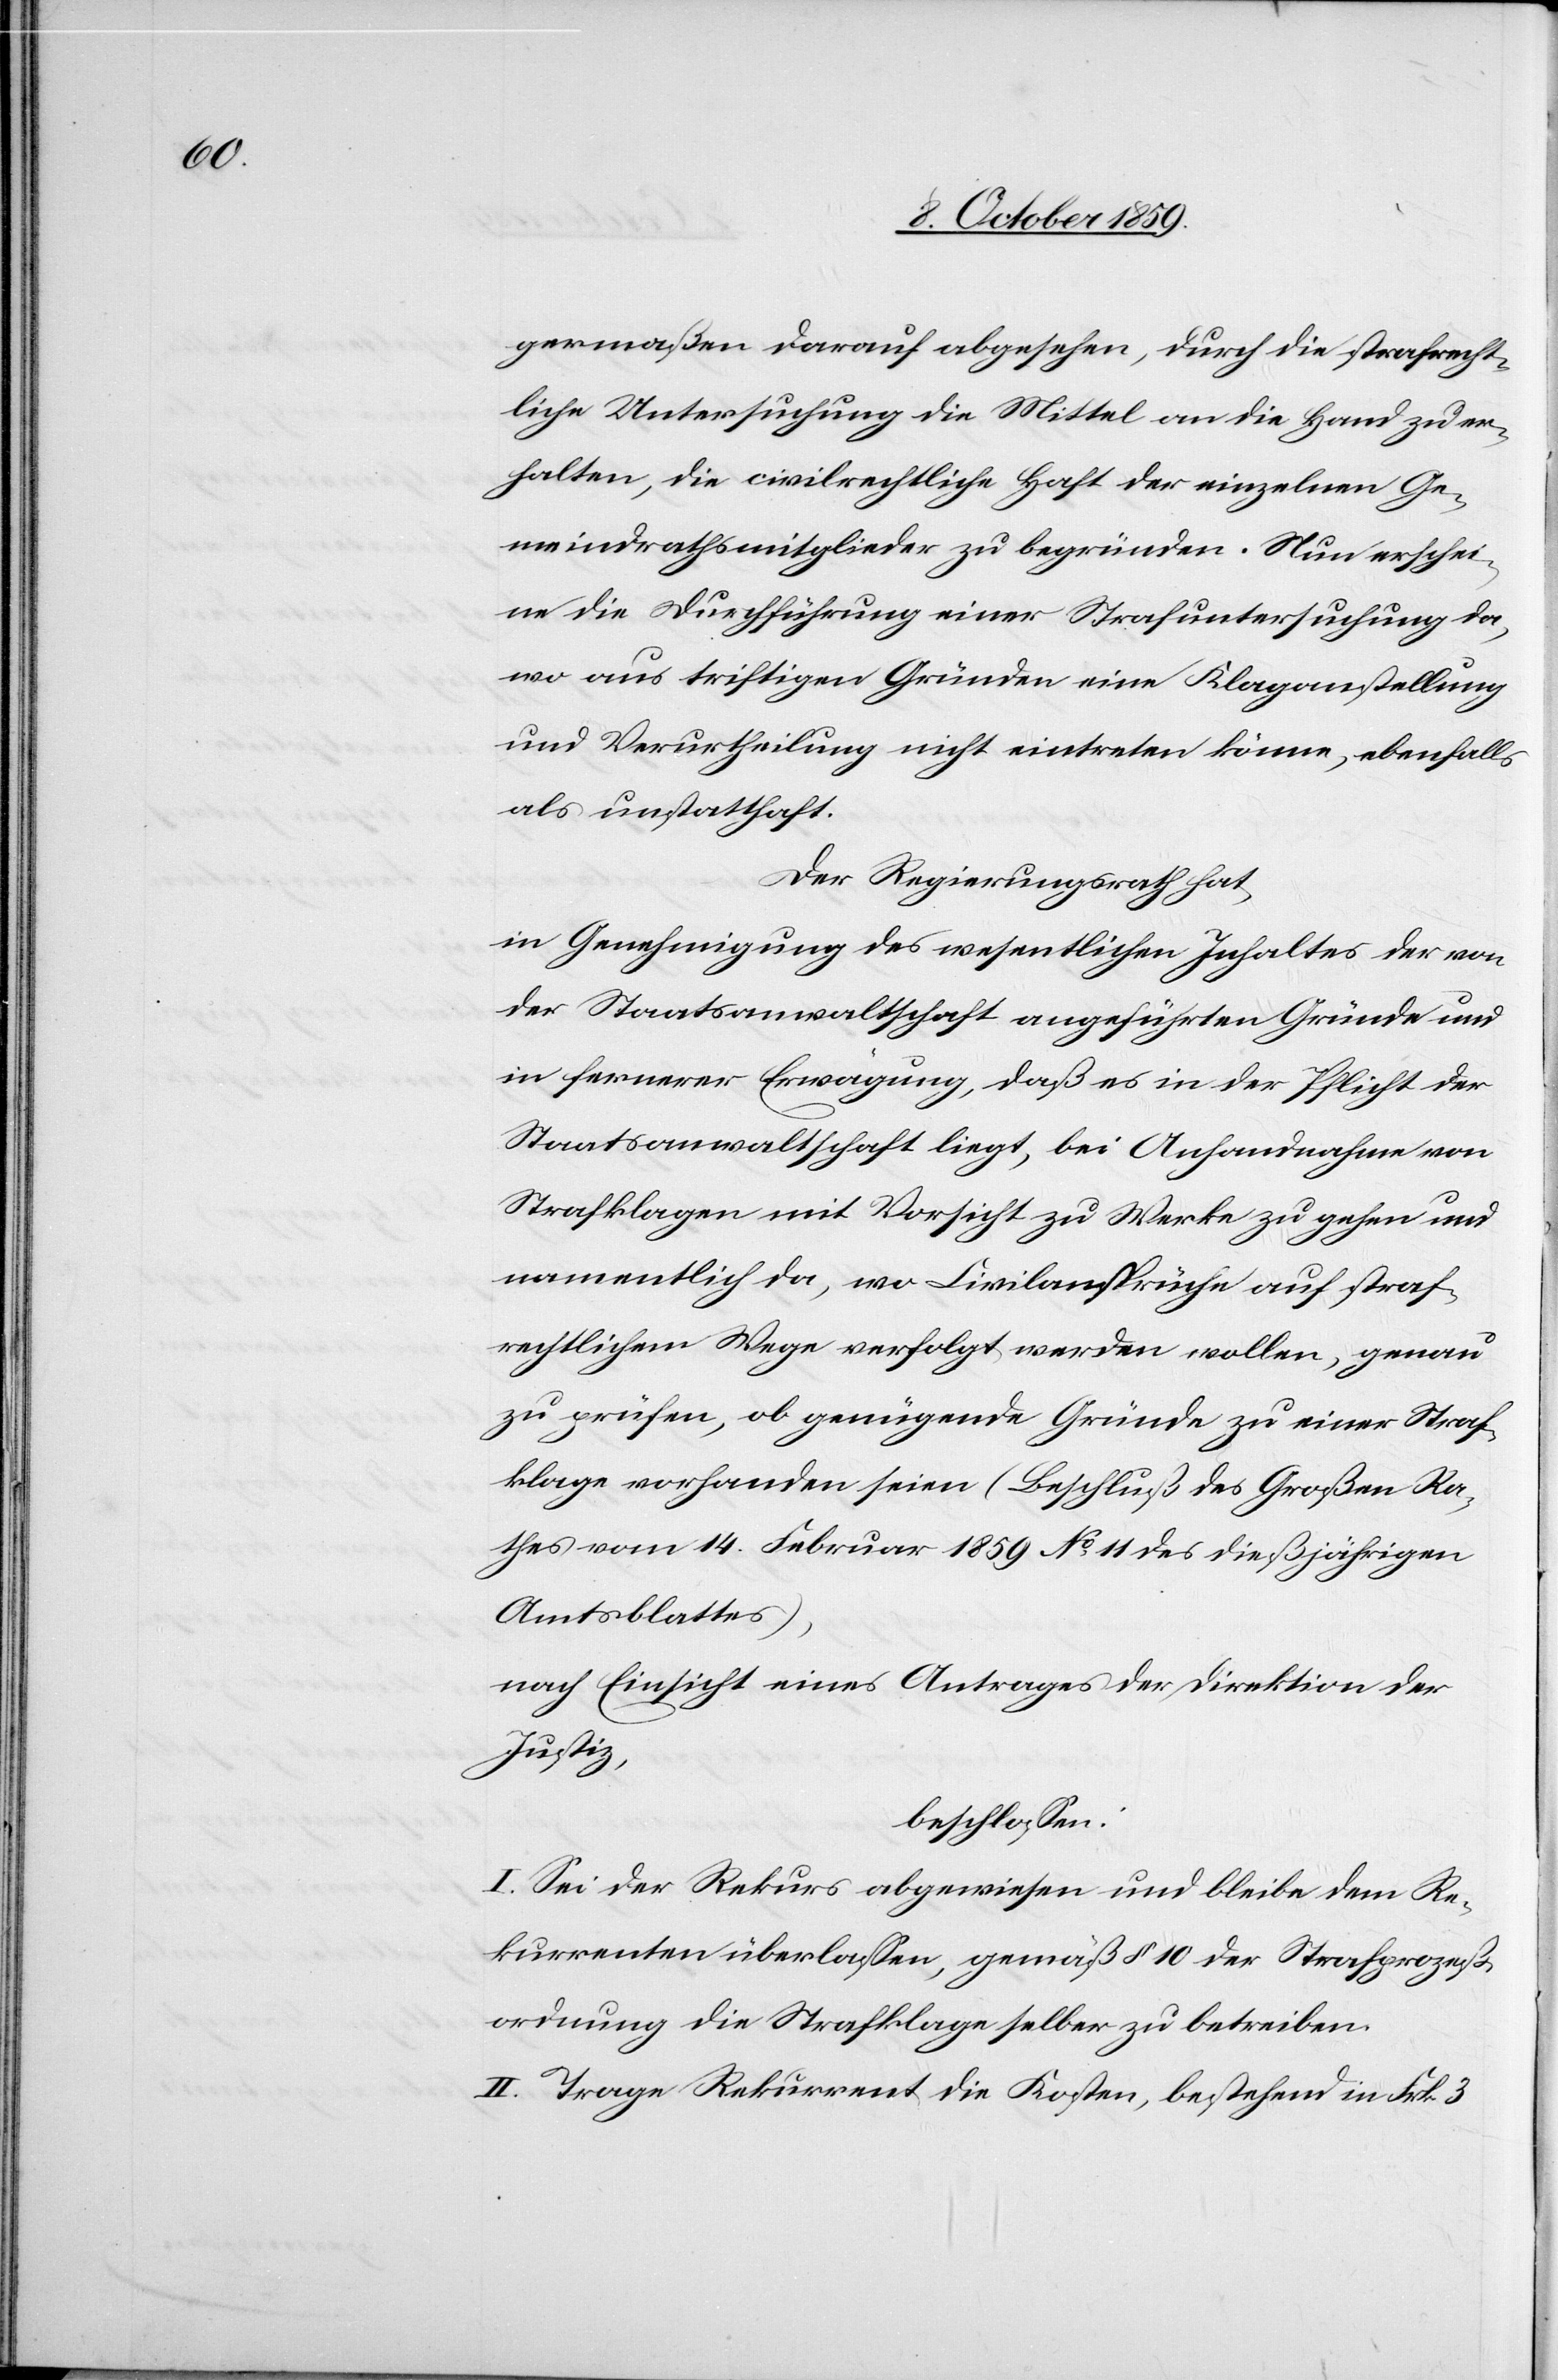
germaßen darauf abgesehen, durch die strafrecht¬
liche Untersuchung die Mittel an die Hand zu er¬
halten, die civilrechtliche Haft der einzelnen Ge¬
meindrathsmitglieder zu begründen. Nun erschei¬
ne die Durchführung einer Strafuntersuchung da,
wo aus triftigen Gründen eine Klaganstellung
und Verurtheilung nicht eintreten könne, ebenfalls
als unstatthaft.
Der Regierungsrath hat,
in Genehmigung des wesentlichen Inhalts der von
der Staatsanwaltschaft angeführten Gründe und
in fernerer Erwägung, daß es in der Pflicht der
Staatsanwaltschaft liegt, bei Anhandnahme von
Strafklagen mit Vorsicht zu Werke zu gehen und
namentlich da, wo Civilansprüche auf straf¬
rechtlichem Wege verfolgt werden wollen, genau
zu prüfen, ob genügende Gründe zu einer Straf¬
klage vorhanden seien (Beschluß des Großen Ra¬
thes vom 14. Februar 1859 No 11 des dießjährigen
Amtsblattes),
nach Einsicht eines Antrages der Direktion der
Justiz,
beschlossen:
I. Sei der Rekurs abgewiesen und bleibe dem Re¬
kurrenten überlassen, gemäß § 10 der Strafgesetz¬
ordnung die Strafklage selber zu betreiben.
II. Trage Rekurrent die Kosten, bestehend in Frk. 3